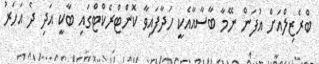
ބްރެޒިލްއަށް އުފަން ނޭމާ ބާސާއާއެކީ ހަދާފައިވާ ކޮންޓްރެކްޓްގައި ބާކީ އަދި ދެ އަހަރު